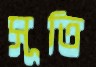
সূতি